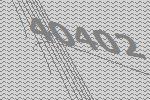
40402